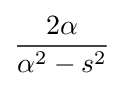
{2\alpha  \over \alpha ^{2}-s^{2}}